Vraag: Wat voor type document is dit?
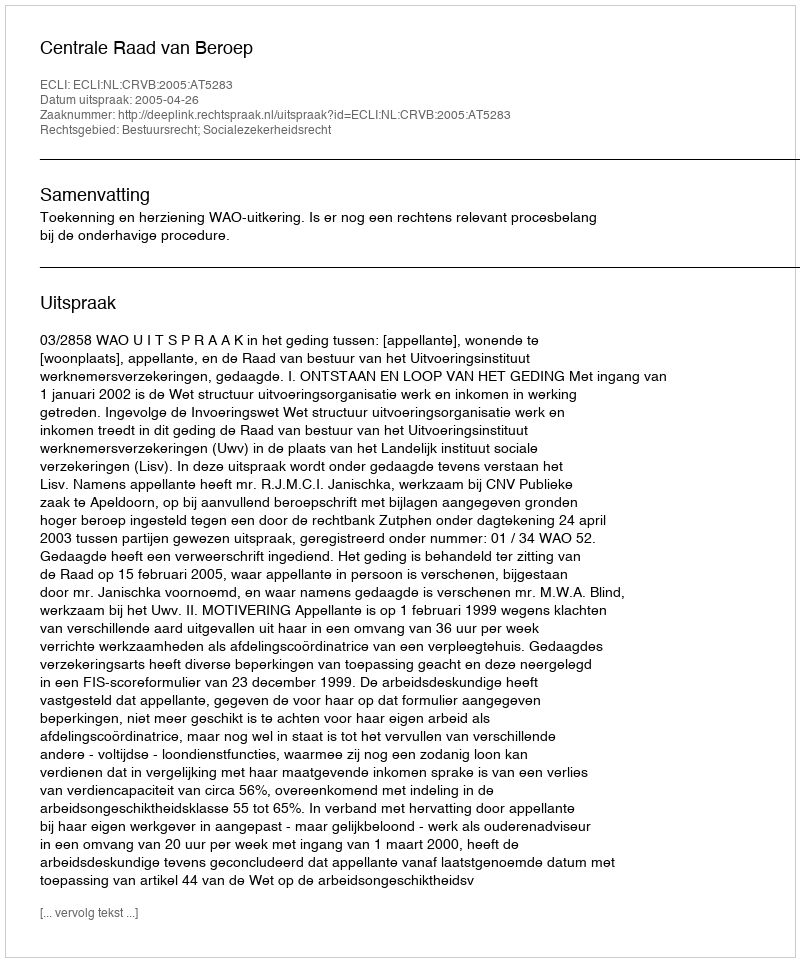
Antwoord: Uitspraak